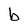
Character: b